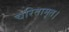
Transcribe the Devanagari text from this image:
चरितामृत।